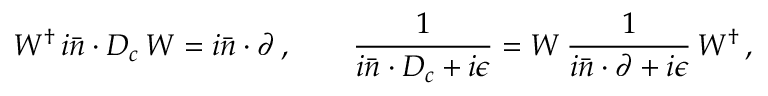
W ^ { \dagger } \, i \bar { n } \cdot D _ { c } \, W = i \bar { n } \cdot \partial \, , \qquad \frac { 1 } { i \bar { n } \cdot D _ { c } + i \epsilon } = W \, \frac { 1 } { i \bar { n } \cdot \partial + i \epsilon } \, W ^ { \dagger } \, ,